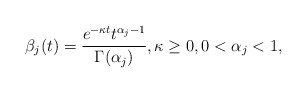
\begin{align*} \beta_j(t)=\frac{e^{-\kappa t}t^{\alpha_j -1}}{\Gamma(\alpha_j)}, \kappa\geq 0, 0<\alpha_j <1, \end{align*}